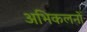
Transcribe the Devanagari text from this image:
अभिकलनों